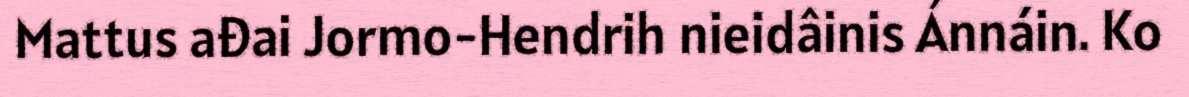
Mattus ađai Jormo-Hendrih nieidâinis Ánnáin. Ko